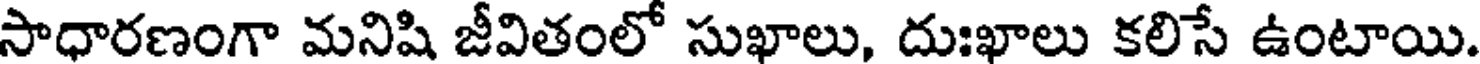
సాధారణంగా మనిషి జీవితంలో సుఖాలు, దుఃఖాలు కలిసే ఉంటాయి.